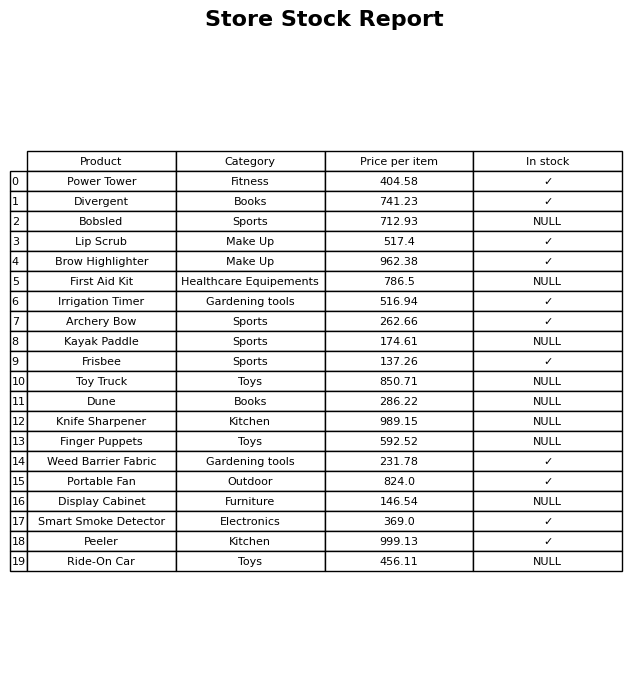
question: What is the price for Lip Scrub?
answer: The price of Lip Scrub is 517.4.